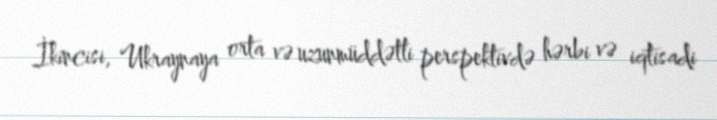
İkincisi, Ukraynaya orta və uzunmüddətli perspektivdə hərbi və iqtisadi